Scottish Leaving Certificate Examination, 1961
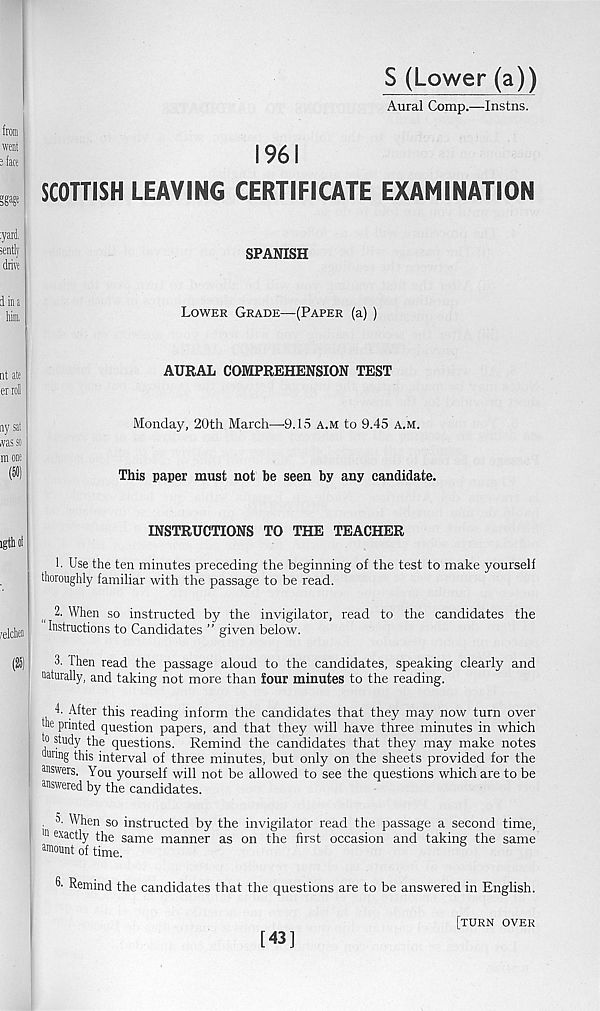
S (Lower (a))
Aural Comp.—Instns.
1961
SCOTTISH LEAVING CERTIFICATE EXAMINATION
SPANISH
Lower Grade—(Paper (a) )
AURAL COMPREHENSION TEST
Monday, 20th March—'9.15 a.m to 9.45 a.m.
This paper must not be seen by any candidate.
INSTRUCTIONS TO THE TEACHER
1. Use the ten minutes preceding the beginning of the test to make yourself
thoroughly familiar with the passage to be read.
2. When so instructed by the invigilator, read to the candidates the
Instructions to Candidates ” given below.
3. Then read the passage aloud to the candidates, speaking clearly and
naturally, and taking not more than four minutes to the reading.
4. After this reading inform the candidates that they may now turn over
he printed question papers, and that they will have three minutes in which
to study the questions. Remind the candidates that they may make notes
during this interval of three minutes, but only on the sheets provided for the
answers. You yourself will not be allowed to see the questions which are to be
answered by the candidates.
. o. When so instructed by the invigilator read the passage a second time,
"i exactly the same manner as on the first occasion and taking the same
amount of time.
3' Remind the candidates that the questions are to be answered in English.
[turn over
[43]